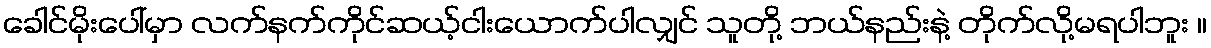
ခေါင်မိုးပေါ်မှာ လက်နက်ကိုင်ဆယ့်ငါးယောက်ပါလျှင် သူတို့ ဘယ်နည်းနဲ့ တိုက်လို့မရပါဘူး ။